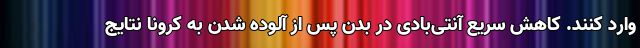
وارد کنند. کاهش سریع آنتی‌بادی در بدن پس از آلوده شدن به کرونا نتایج